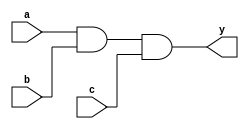
`timescale 1ns / 1ps
//////////////////////////////////////////////////////////////////////////////////
// Module Name: xup_and3
//////////////////////////////////////////////////////////////////////////////////
module xup_and3 #(parameter DELAY=3)(
    input a,
    input b,
    input c,
    output y
    );
    
    and #DELAY (y,a,b,c);
    
endmodule